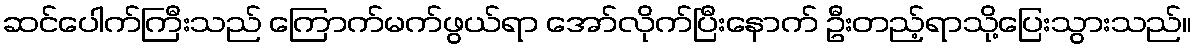
ဆင်ပေါက်ကြီးသည် ကြောက်မက်ဖွယ်ရာ အော်လိုက်ပြီးနောက် ဦးတည့်ရာသို့ပြေးသွားသည်။